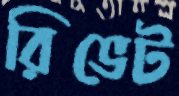
রিভেট